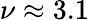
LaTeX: \nu\approx 3.1